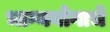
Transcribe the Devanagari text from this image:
भाग्ययोगाचे